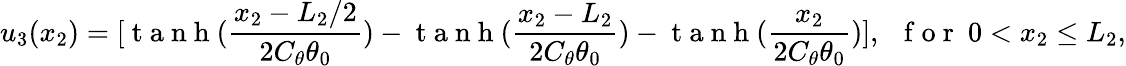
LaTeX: u_{3}(x_{2})=[\mathrm{~t~a~n~h~}(\frac{x_{2}-L_{2}/2}{2C_{\theta}\theta_{0}})-\mathrm{~t~a~n~h~}(\frac{x_{2}-L_{2}}{2C_{\theta}\theta_{0}})-\mathrm{~t~a~n~h~}(\frac{x_{2}}{2C_{\theta}\theta_{0}})],~~\mathrm{~f~o~r~}~0<x_{2}\leq L_{2},